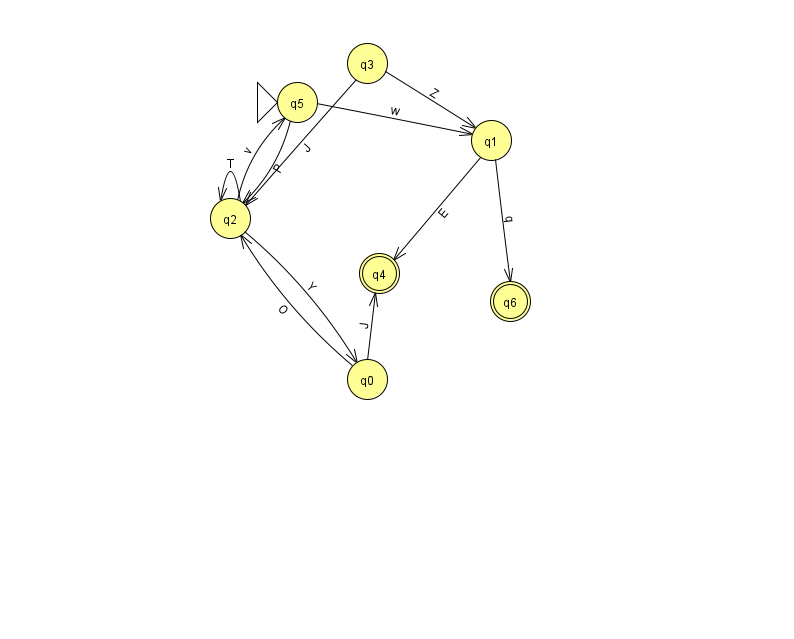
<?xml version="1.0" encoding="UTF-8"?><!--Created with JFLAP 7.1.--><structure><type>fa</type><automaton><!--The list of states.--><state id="0" name="q0"><x>367.0</x><y>366.0</y></state><state id="1" name="q1"><x>491.0</x><y>127.0</y></state><state id="2" name="q2"><x>230.0</x><y>205.0</y></state><state id="3" name="q3"><x>367.0</x><y>50.0</y></state><state id="4" name="q4"><x>379.0</x><y>260.0</y><final/></state><state id="5" name="q5"><x>297.0</x><y>89.0</y><initial/></state><state id="6" name="q6"><x>510.0</x><y>288.0</y><final/></state><!--The list of transitions.--><transition><from>0</from><to>2</to><read>O</read></transition><transition><from>3</from><to>2</to><read>J</read></transition><transition><from>0</from><to>4</to><read>J</read></transition><transition><from>1</from><to>6</to><read>q</read></transition><transition><from>2</from><to>2</to><read>T</read></transition><transition><from>2</from><to>0</to><read>Y</read></transition><transition><from>5</from><to>1</to><read>w</read></transition><transition><from>1</from><to>4</to><read>E</read></transition><transition><from>2</from><to>5</to><read>v</read></transition><transition><from>5</from><to>2</to><read>P</read></transition><transition><from>3</from><to>1</to><read>Z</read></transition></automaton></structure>